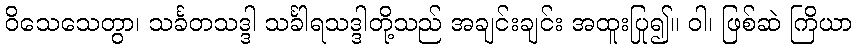
ဝိသေသေတွာ၊ သင်္ခတသဒ္ဒါ သင်္ခါရသဒ္ဒါတို့သည် အချင်းချင်း အထူးပြု၍။ ဝါ၊ ဖြစ်ဆဲ ကြိယာ